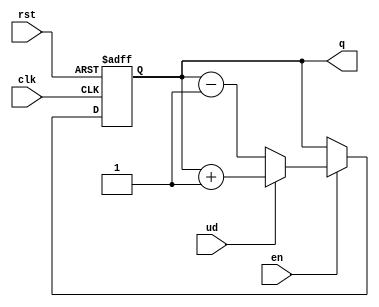
module up_down_counter (
    input wire clk,
    input wire rst,        // Asynchronous reset
    input wire en,        // Enable signal
    input wire ud,        // Up/Down control signal
    output reg [3:0] q    // 4-bit output for count value
);

// Asynchronous reset
always @(posedge clk or posedge rst) begin
    if (rst) begin
        // Reset counter to 0
        q <= 4'b0000;
    end else if (en) begin
        // Count Up
        if (ud) begin
            q <= q + 1;
        end
        // Count Down
        else begin
            q <= q - 1;
        end
    end
end

endmodule